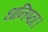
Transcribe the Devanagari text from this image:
धनिष्ठा।